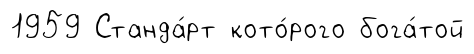
1959 Станда́рт кото́рого бога́той